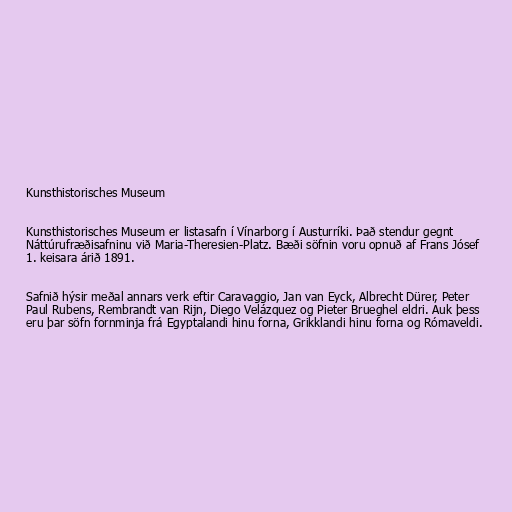
Kunsthistorisches Museum

Kunsthistorisches Museum er listasafn í Vínarborg í Austurríki. Það stendur gegnt
Náttúrufræðisafninu við Maria-Theresien-Platz. Bæði söfnin voru opnuð af Frans Jósef
1. keisara árið 1891.

Safnið hýsir meðal annars verk eftir Caravaggio, Jan van Eyck, Albrecht Dürer, Peter
Paul Rubens, Rembrandt van Rijn, Diego Velázquez og Pieter Brueghel eldri. Auk þess
eru þar söfn fornminja frá Egyptalandi hinu forna, Grikklandi hinu forna og Rómaveldi.